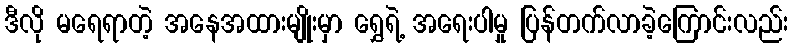
ဒီလို မရေရာတဲ့ အနေအထားမျိုးမှာ ရွှေရဲ့ အရေးပါမှု ပြန်တက်လာခဲ့ကြောင်းလည်း